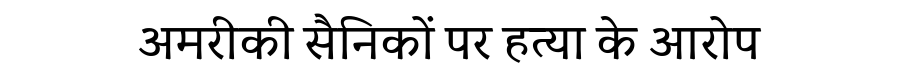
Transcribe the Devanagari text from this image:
अमरीकी सैनिकों पर हत्या के आरोप